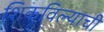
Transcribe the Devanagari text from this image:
शिकविल्याची